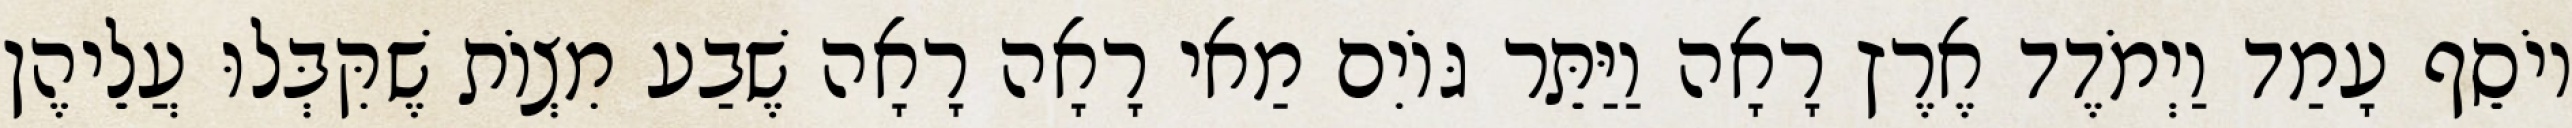
יוֹסֵף עָמַד וַיְמֹדֶד אֶרֶץ רָאָה וַיַּתֵּר גּוֹיִם מַאי רָאָה רָאָה שֶׁבַע מִצְוֹת שֶׁקִּבְּלוּ עֲלֵיהֶן